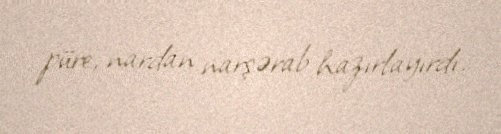
püre, nardan narşərab hazırlayırdı.